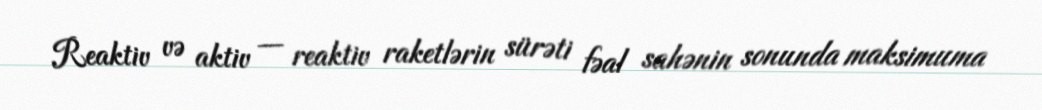
Reaktiv və aktiv — reaktiv raketlərin sürəti fəal sahənin sonunda maksimuma